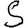
Digit: 5